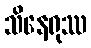
သိနေရုဿ